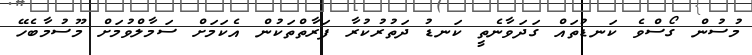
މުސުން ގޯސްވެ ކަނޑުތައް ގަދަވާނެތީ ކަނޑު ދަތުރުކުރާ ފަރާތްތަކުން އެކަމަށް ސަމާލްވުމަށް މޫސުމާބެހޭ